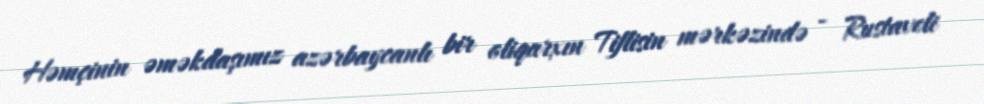
Həmçinin əməkdaşımız azərbaycanlı bir oliqarxın Tiflisin mərkəzində - Rustaveli